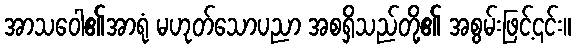
အာသဝေါ၏အာရုံ မဟုတ်သောပညာ အစရှိသည်တို့၏ အစွမ်းဖြင့်၎င်း။